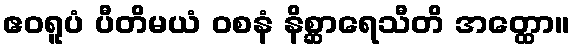
ဧဝရူပံ ပီတိမယံ ဝစနံ နိစ္ဆာရေသီတိ အတ္ထော။